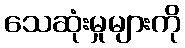
သေဆုံးမှုများကို